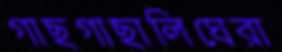
গাছগাছালিঘেরা